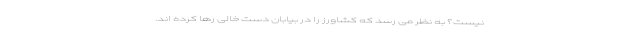
نیست؟ به نظر می رسد که کشاورز را در بیابان دست خالی رها کرده اند.